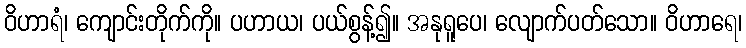
ဝိဟာရံ၊ ကျောင်းတိုက်ကို။ ပဟာယ၊ ပယ်စွန့်၍။ အနုရူပေ၊ လျောက်ပတ်သော။ ဝိဟာရေ၊